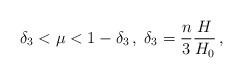
LaTeX: \begin{align*}\delta _{3}<\mu <1-\delta _{3}\,,\;\delta _{3}=\frac{n}{3}\frac{H}{H_{0}}\,,\end{align*}